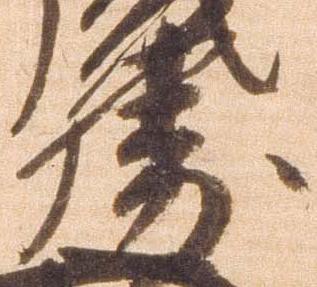
勝